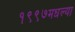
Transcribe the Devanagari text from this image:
१९९७मधल्या